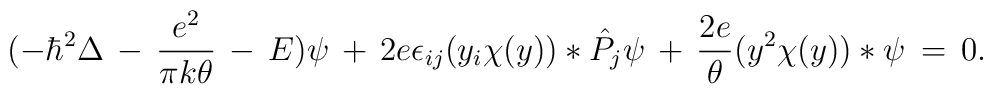
(-\hbar\sp2\Delta \,-\,{e\sp2\over \pi k\theta}\,-\,E)\psi\,+\,2e\epsilon_{ij}(y_i\chi(y))*\hat P_j\psi\,+\,{2e\over \theta}(y\sp2\chi(y))*\psi\,=\,0.